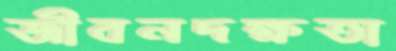
জীবনদক্ষতা